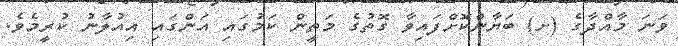
ވަނަ މާއްދާގެ (ށ) ބަޔާންކޮށްފައިވާ ގޮތުގެ މަތީން ކަމުގައި އަންގައި އިއުލާނު ކުރީމެވެ.